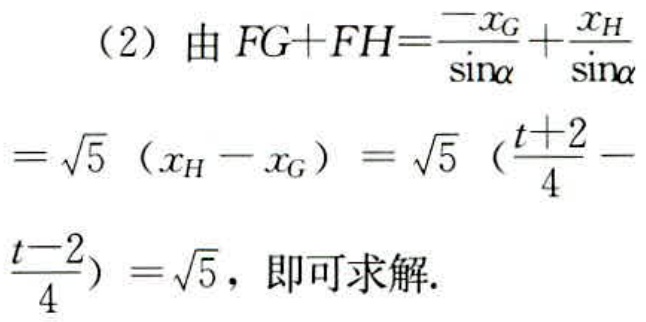
（2）由 \(FG + FH=\frac{-x_{G}}{\sin\alpha}+\frac{x_{H}}{\sin\alpha}\)
\(=\sqrt{5}(x_{H}-x_{G})=\sqrt{5}(\frac{t + 2}{4}-\)
\(\frac{t - 2}{4})=\sqrt{5}\)，即可求解.